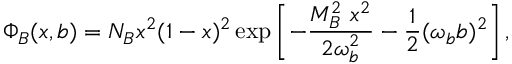
\Phi _ { B } ( x , b ) = N _ { B } x ^ { 2 } ( 1 - x ) ^ { 2 } \exp \left[ - \frac { M _ { B } ^ { 2 } \ x ^ { 2 } } { 2 \omega _ { b } ^ { 2 } } - \frac { 1 } { 2 } ( \omega _ { b } b ) ^ { 2 } \right] ,